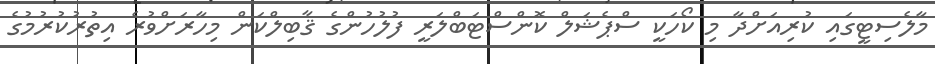
މާލެސިޓީގައި ކުރިއަށްދާ މި ކޯހަކީ ސްޕެޝަލް ކޮންސްޓަބްލަރީ ފުލުހުންގެ ޤާބިލްކަން މިހާރަށްވުރެ އިތުރުކުރުމުގެ